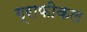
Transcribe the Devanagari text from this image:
ग्राफीकल